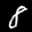
Label: 8